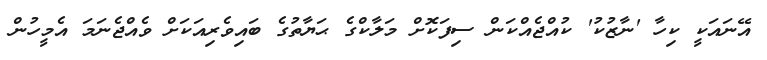
އޭނައަކީ ކިހާ 'ނާޒުކު' ކުއްޖެއްކަން ސިފަކޮށް މަލާކްގެ ޙަޔާތުގެ ބައިވެރިއަކަށް ވެއްޖެނަމަ އެމީހުން